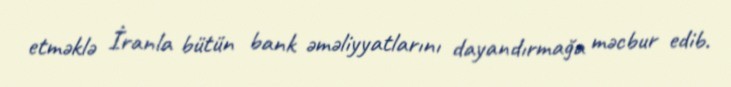
etməklə İranla bütün bank əməliyyatlarını dayandırmağa məcbur edib.